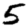
Digit: 5